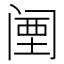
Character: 𬮱